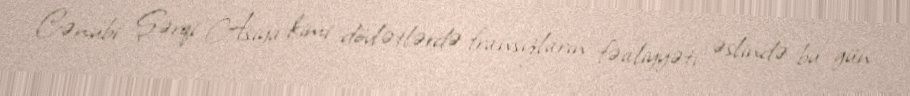
Cənubi Şərqi Asiya kimi dövlətlərdə fransızların fəaliyyəti əslində bu gün